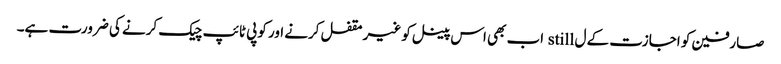
صارفین کو اجازت کے ل still اب بھی اس پینل کو غیر مقفل کرنے اور کوپی ٹائپ چیک کرنے کی ضرورت ہے۔